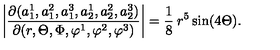
\left| \frac { \partial ( a _ { 1 } ^ { 1 } , a _ { 1 } ^ { 2 } , a _ { 1 } ^ { 3 } , a _ { 2 } ^ { 1 } , a _ { 2 } ^ { 2 } , a _ { 2 } ^ { 3 } ) } { \partial ( r , \Theta , \Phi , \varphi ^ { 1 } , \varphi ^ { 2 } , \varphi ^ { 3 } ) } \right| = \frac { 1 } { 8 } \: r ^ { 5 } \sin ( 4 \Theta ) .